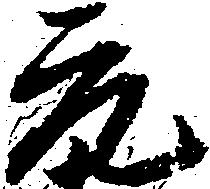
元